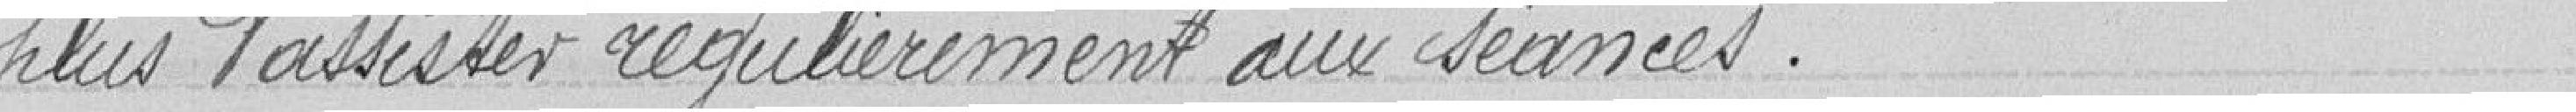
plus d'assister régulièrement aux séances.